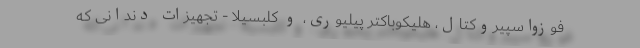
فوزواسپیروکتال، هلیکوباکتر پیلیوری، و کلبسیلا - تجهیزات دندانی که